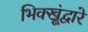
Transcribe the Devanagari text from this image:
भिक्खूंद्वारे